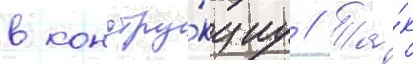
в констру́кциу // Та́к